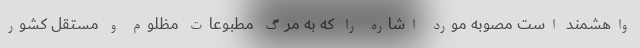
واهشمند است مصوبه مورد اشاره را که به مرگ مطبوعات مظلوم و مستقل کشور